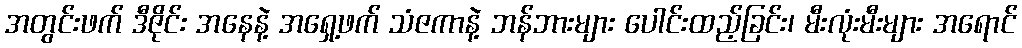
အတွင်းဖက် ဒီဇိုင်း အနေနဲ့ အရှေ့ဖက် သံဇကာနဲ့ ဘန်ဘားများ ပေါင်းထည့်ခြင်း၊ မီးလုံးမီးများ အရောင်